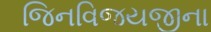
જિનવિજયજીના